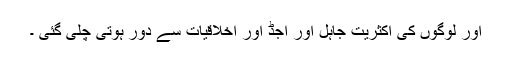
اور لوگوں کی اکثریت جاہل اور اجڈ اور اخلاقیات سے دور ہوتی چلی گئی ۔